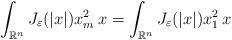
LaTeX: \begin{align*}\int_{\mathbb{R}^n}J_\varepsilon(|x|)x_m^2\:x = \int_{\mathbb{R}^n}J_\varepsilon(|x|)x_1^2\:x\end{align*}